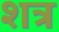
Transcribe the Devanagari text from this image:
शत्र